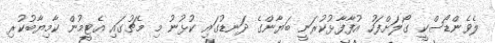
ލެވެންޑޯސްކީ ގޯލަށްފަހު އުފާފާޅުކުރަނީ ބަޔާންގެ ދަނޑުގައި ކުޅުނު މި މެޗުގައި އެޓީމުން ކާމިޔާބުކުރި